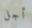
أجل